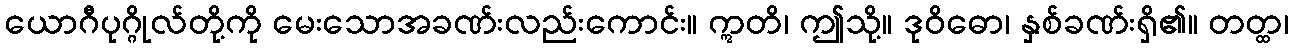
ယောဂီပုဂ္ဂိုလ်တို့ကို မေးသောအခဏ်းလည်းကောင်း။ ဣတိ၊ ဤသို့။ ဒုဝိဓော၊ နှစ်ခဏ်းရှိ၏။ တတ္ထ၊